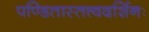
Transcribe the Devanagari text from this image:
पण्डितास्तत्त्वदर्शिनः